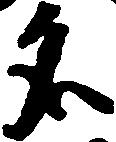
名